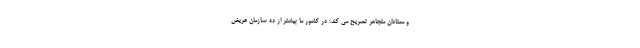
و معتادان متجاهر تصریح می کند: در کشور ما بیشتر از ده سازمان عریض